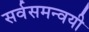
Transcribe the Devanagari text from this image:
सर्वसमन्‍वयी